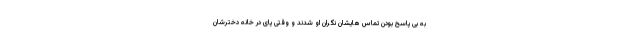
به بی پاسخ بودن تماس هایشان نگران او شدند و وقتی پای در خانه دخترشان